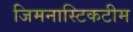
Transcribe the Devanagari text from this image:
जिमनास्टिकटीम